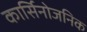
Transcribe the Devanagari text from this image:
कार्सिनोजनिक